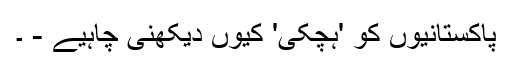
پاکستانیوں کو 'ہچکی' کیوں دیکھنی چاہیے - ۔